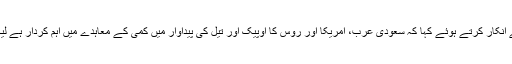
انہوں نے امریکی اور سعودی رہنماؤں کےدرمیان ہونے والی گفتگو پر تبصرہ کرنے سے انکار کرتے ہوئے کہا کہ سعودی عرب، امریکا اور روس کا اوپیک اور تیل کی پیداوار میں کمی کے معاہدے میں اہم کردار ہے لیکن معاہدے میں شرکت کرنے والے 23 ممالک کے تعاون کے بغیر یہ ہونا ممکن نہ تھا۔